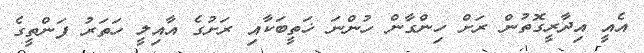
އެއީ އިދާރީގޮތުން ރަށް ހިންގާން ހުންނަ ޚަތީބަކާއި ރަށުގެ އާއިލީ ހަތަރު ފަންތީގެ